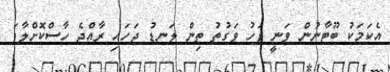
އެކަަމަކު ބޫޓާނުން ވަނީ ފަހު ވަގުތު ތިން ލަނޑު ޖަހައި ރާއްޖެ ހާސްކޮށްލާފަ